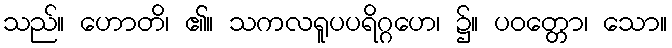
သည်။ ဟောတိ၊ ၏။ သကလရူပပရိဂ္ဂဟေ၊ ၌။ ပဝတ္တော၊ သော။